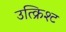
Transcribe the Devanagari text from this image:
उत्क्रिश्ट